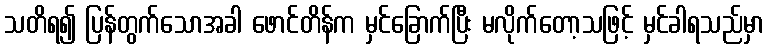
သတိရ၍ ပြန်တွက်သောအခါ ဖောင်တိန်က မှင်ခြောက်ပြီး မလိုက်တော့သဖြင့် မှင်ခါရသည်မှာ